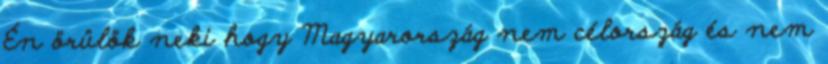
Én örülök neki hogy Magyarország nem célország és nem